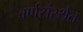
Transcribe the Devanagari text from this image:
वर्णसंस्थेत